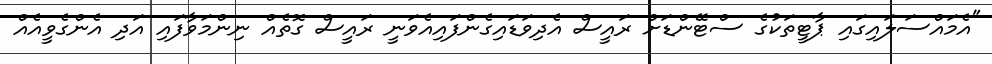
"އެމައްސަލައިގައި ޕާޓީތަކުގެ ސްޓޭންޑަށް ރައީސް އެދިވަޑައިގެންފައިއެވަނީ ރައީސް ގޮތެއް ނިންމަވާފައި އަދި އެންގެވީއެއް